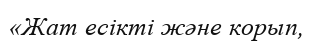
«Жат есікті және корып,